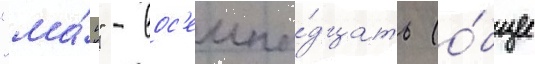
"ма́ю" - вос'емна́дцать (о́бщее